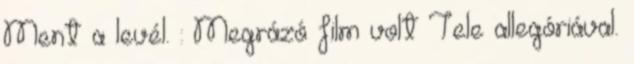
Ment a levél. : Megrázó film volt Tele allegóriával.